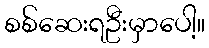
စစ်ဆေးရဦးမှာပေါ့။